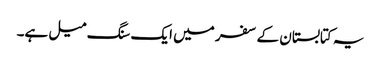
یہ کتابستان کے سفر میں ایک سنگ میل ہے۔